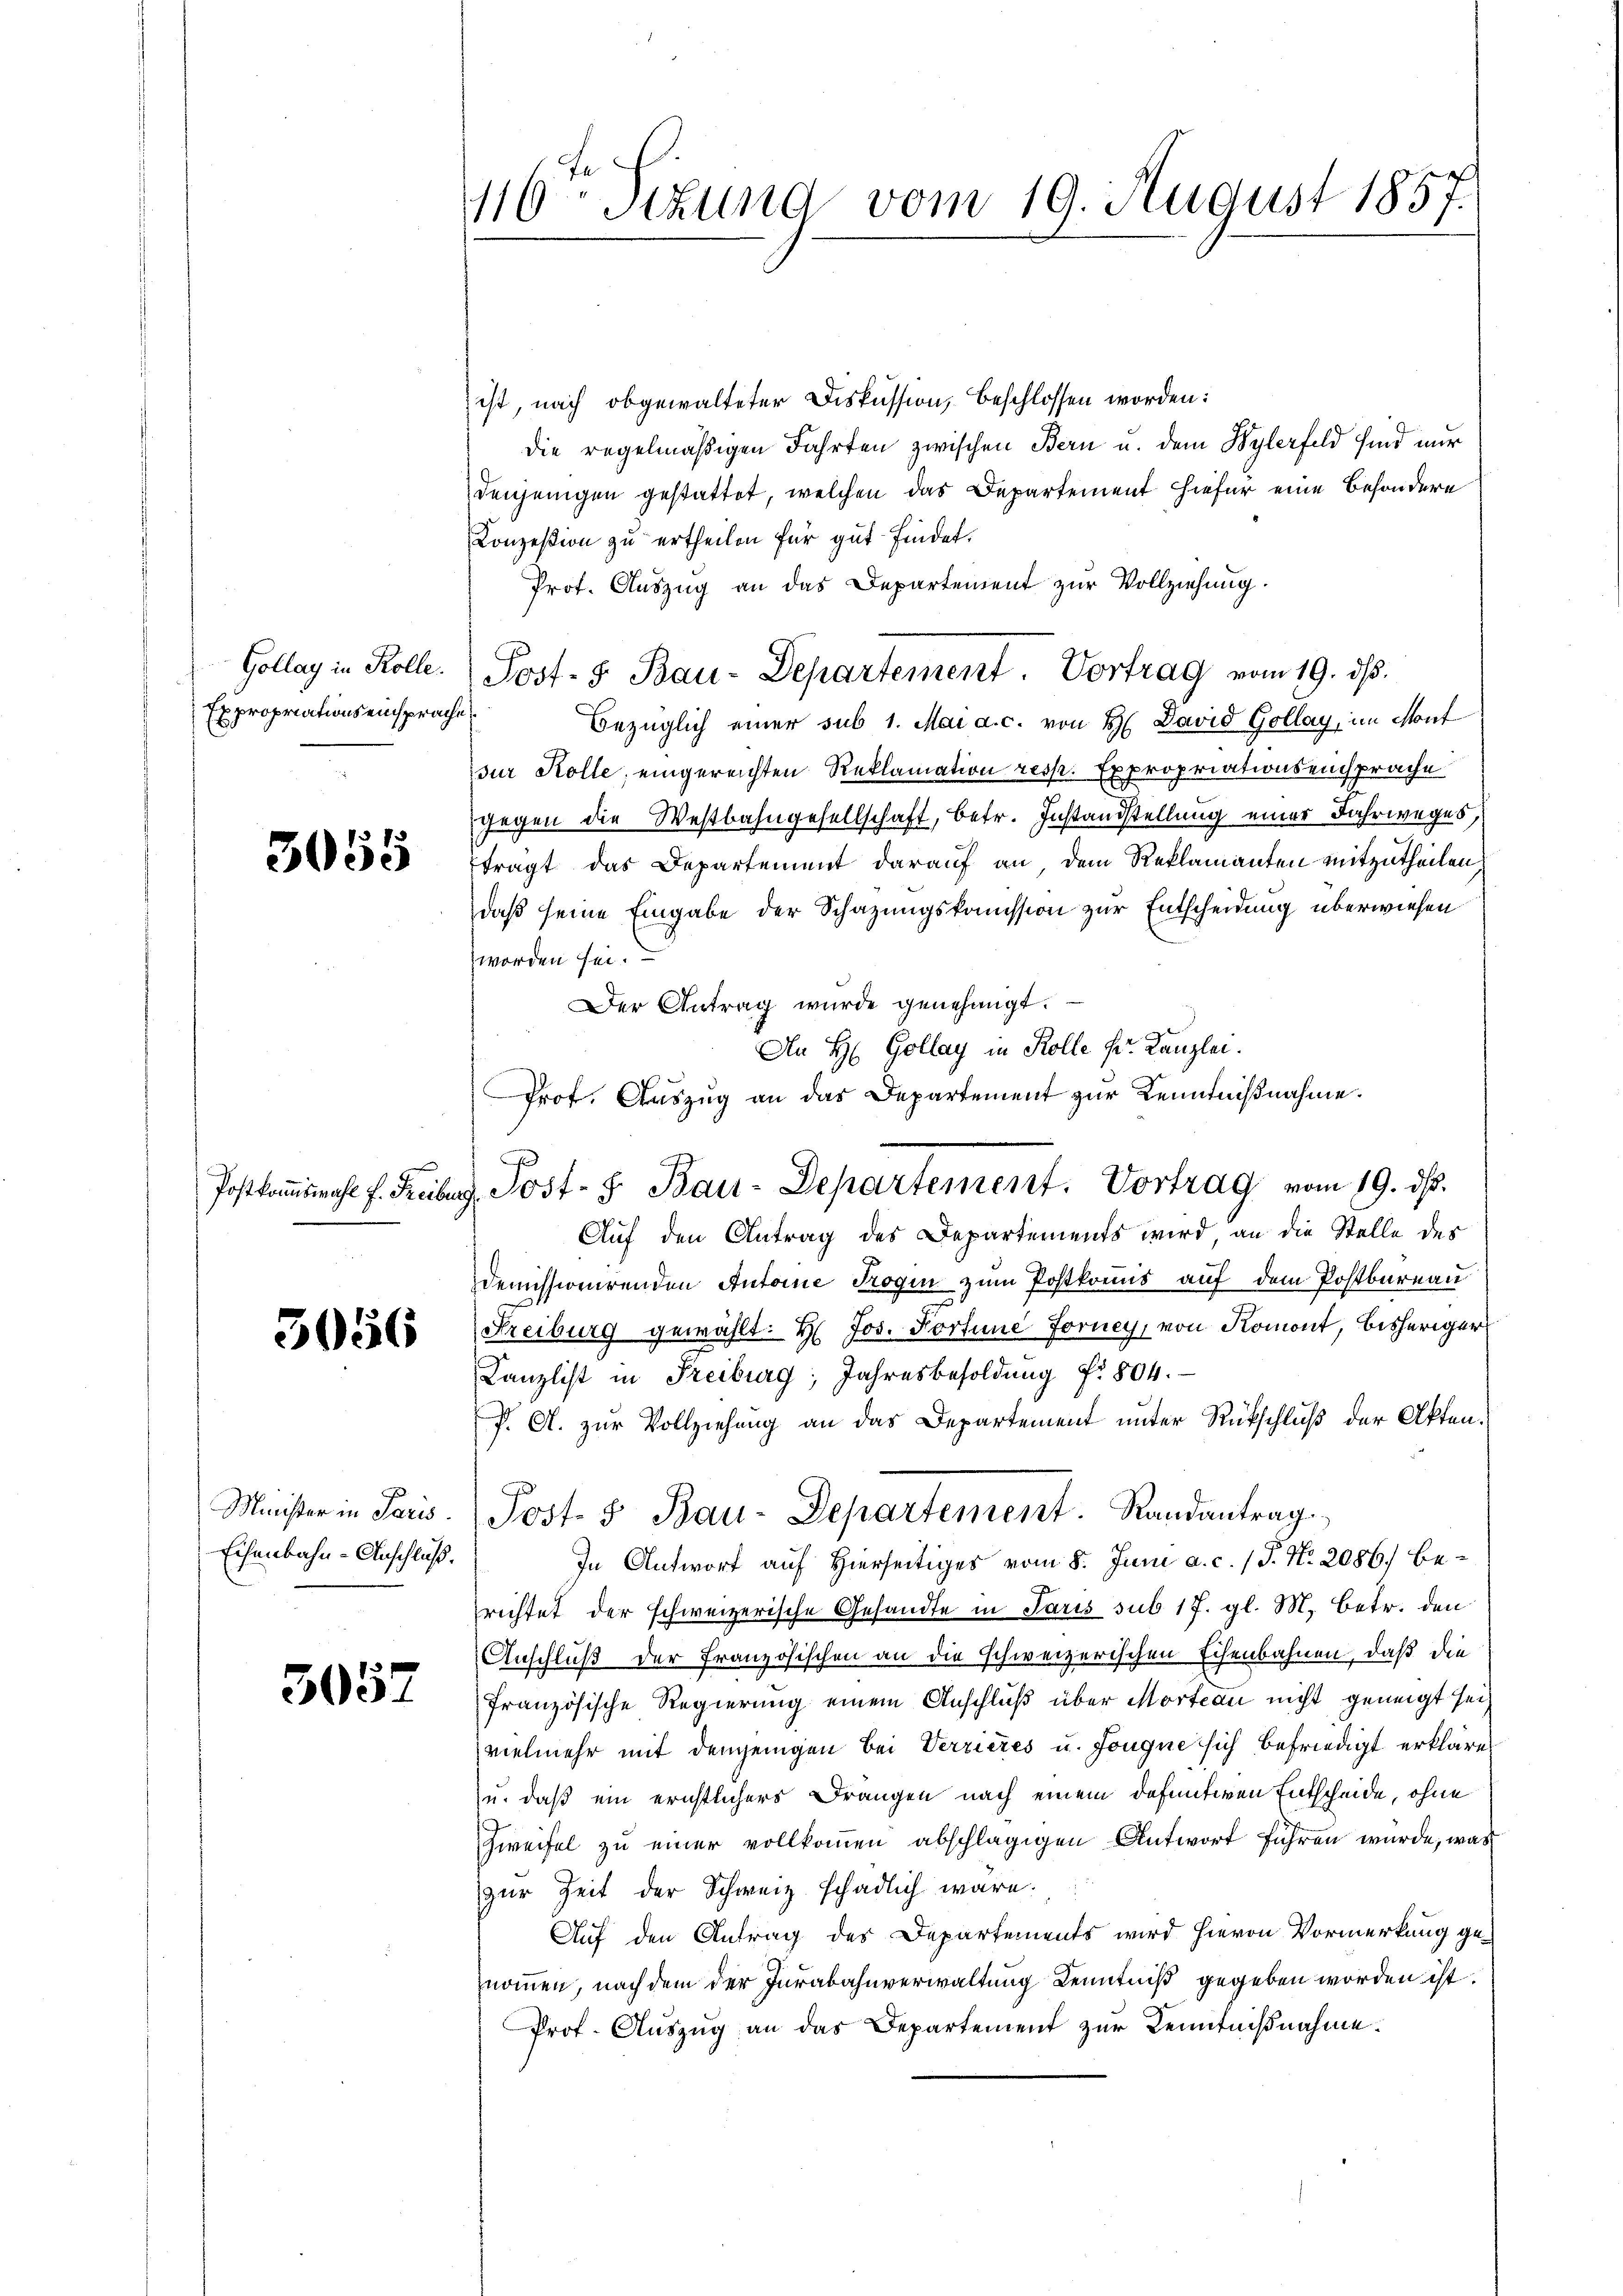
Gollay in Kolle.
Expropriations einsprach

3055

3056

Minister in Paris.
Eisenbahn-Anschluß.

3037

16ten Situng vom 19. August 1857.

Prof. Auszug an das Departement zur Kenntnißnahme.
A
Postkamiwahl f. Freiburg, Jost- 8. Bau-Departement. Vortrag vom 19. ds.

ist, nach obgewalteter Diskussion, beschlossen worden:
die regelmäßigen Fahrten zwischen Bern u. dem Bylerfeld sind nur
denjenigen gestattet, welchen das Departement hiefür eine Besondere
Konzesion zu ertheilen für gut findet.
Prot. Auszug an das Departement zur Vollziehung.
Post- 5. Bau-Departement. Vortrag vom 19. ds.
¬
Bezüglich einer sub 1. Mai a. c. von H David Gollay, im Mont
sur Kolle, eingereichten Reklamation resp. Expropriationseinsprache
gegen die Westbahngesellschaft, betr. Instandstellung einer Jahrweges,
trägt das Departement darauf an, dem Reklamanten mitzutheilen,
daß seine Eingabe der Schazungskomission zur Entscheidung überwiesen
worden sei.
Der Antrag wurde genehmigt.
An H: Gollay in Kolle Hr. Kanzlei.
e
Auf den Antrag des Departements wird an die Stelle des
Demissionirenden Antone Trogen zum Postkomis auf dem Postbureau
Freiburg gewählt: H. Jos. Forhine Forney, von Romont, bisheriger
Kanzlist in Freiburg, Jahresbesoldung fr. 804.
P. O. zur Vollziehung an das Departement unter Rückschluß der Akten.
Post- & Bau-Departement. Randantrag
In Antwort auf Hierseitiges vom 8. Juni a. c. / P. Nr. 2086) berichtet der schweizerische Gesandte in Paris sub 17. gl. M. betr. den
Anschluß der Französischen an die schweizerischen Eisenbahnen, daß die
französische Regierung einem Anschluß über Morteau nicht geneigt sei
vielmehr mit demjenigen bei Verzieres u. Jongue sich befriedigt erkläret
u. daß ein erichtlichers Drangen nach einem defuntiven Entscheide, ohne
Zweifel zu einer vollkommen abschlägigen Antwort führen würde, was
zur Zeit der Schweiz schädlich wäre.
Auf den Antrag des Departements wird hievon Vormerkung genommen, nach dem der Jurabahnverwaltung Kenntniß gegeben worden ist.
Prof. Auszug an das Departement zur Kenntnißnahme.